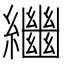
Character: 𦇡